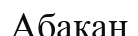
Абакан